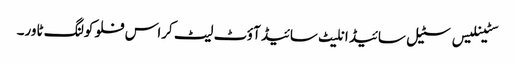
سٹینلیس سٹیل سائیڈ انلیٹ سائیڈ آؤٹ لیٹ کراس فلو کولنگ ٹاور۔